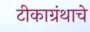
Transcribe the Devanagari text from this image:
टीकाग्रंथाचे